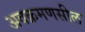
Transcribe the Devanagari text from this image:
अवक्रमणसील